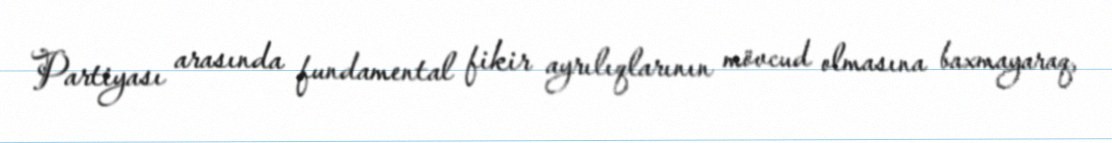
Partiyası arasında fundamental fikir ayrılıqlarının mövcud olmasına baxmayaraq,